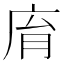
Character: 𢈋